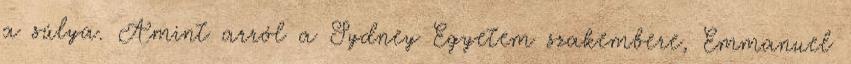
a súlya. Amint arról a Sydney Egyetem szakembere, Emmanuel